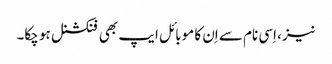
نیز، اِسی نام سے اِن کا موبائل ایپ بھی فنکشنل ہو چکا۔